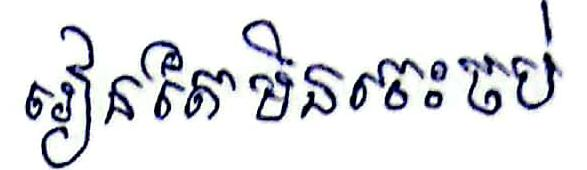
រៀនតែមិនចេះចប់